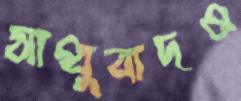
সাধুবাদও